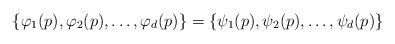
LaTeX: \begin{align*}\{\varphi_1(p), \varphi_2(p), \ldots, \varphi_d(p) \} = \{\psi_1(p), \psi_2(p), \ldots, \psi_d(p) \}\end{align*}